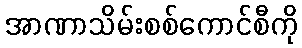
အာဏာသိမ်းစစ်ကောင်စီကို